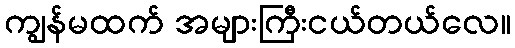
ကျွန်မထက် အများကြီးငယ်တယ်လေ။